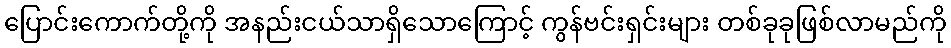
ပြောင်းကောက်တို့ကို အနည်းငယ်သာရှိသောကြောင့် ကွန်ဗင်းရှင်းများ တစ်ခုခုဖြစ်လာမည်ကို